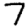
Digit: 7